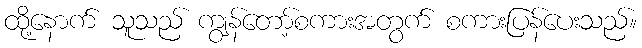
ထို့နောက် သူသည် ကျွန်တော့်စကားအတွက် စကားပြန်ပေးသည်။